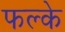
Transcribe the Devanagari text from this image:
फल्के